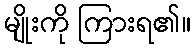
မျိုးကို ကြားရ၏။